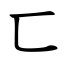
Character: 匸